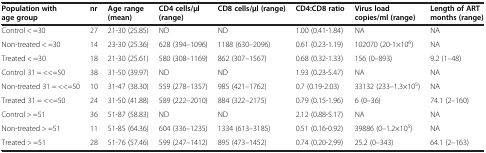
<table><thead><tr><td><b>Population with age group</b></td><td><b>nr</b></td><td><b>Age range (mean)</b></td><td><b>CD4 cells/μl (range)</b></td><td><b>CD8 cells/μl (range)</b></td><td><b>CD4:CD8 ratio</b></td><td><b>Virus load copies/ml (range)</b></td><td><b>Length of ART months (range)</b></td></tr></thead><tbody><tr><td>Control &lt; =30</td><td>27</td><td>21-30 (25.85)</td><td>ND</td><td>ND</td><td>1.00 (0.41-1.84)</td><td>NA</td><td>NA</td></tr><tr><td>Non-treated &lt; =30</td><td>14</td><td>23-30 (25.36)</td><td>628 (394–1096)</td><td>1188 (630–2096)</td><td>0.61 (0.23-1.19)</td><td>102070 (20-1×10<sup>6</sup>)</td><td>NA</td></tr><tr><td>Treated &lt; =30</td><td>18</td><td>21-30 (25.61)</td><td>580 (308–1169)</td><td>862 (307–1567)</td><td>0.68 (0.32-1.33)</td><td>156 (0–893)</td><td>9.2 (1–48)</td></tr><tr><td>Control 31 = &lt;&lt;=50</td><td>38</td><td>31-50 (39.97)</td><td>ND</td><td>ND</td><td>1.93 (0.23-5.47)</td><td>NA</td><td>NA</td></tr><tr><td>Non-treated 31 = &lt;&lt;=50</td><td>10</td><td>31-47 (38.30)</td><td>559 (278–1357)</td><td>985 (421–1762)</td><td>0.7 (0.19-2.03)</td><td>33132 (233–1.3×10<sup>5</sup>)</td><td>NA</td></tr><tr><td>Treated 31 = &lt;&lt;=50</td><td>24</td><td>31-50 (41.88)</td><td>589 (222–2010)</td><td>884 (322–2175)</td><td>0.79 (0.15-1.96)</td><td>6 (0–36)</td><td>74.1 (2–160)</td></tr><tr><td>Control &gt; =51</td><td>36</td><td>51-87 (58.83)</td><td>ND</td><td>ND</td><td>2.12 (0.88-5.17)</td><td>NA</td><td>NA</td></tr><tr><td>Non-treated &gt; =51</td><td>11</td><td>51-85 (64.36)</td><td>604 (336–1235)</td><td>1334 (613–3185)</td><td>0.51 (0.16-0.92)</td><td>39886 (0–1.2×10<sup>5</sup>)</td><td>NA</td></tr><tr><td>Treated &gt; =51</td><td>28</td><td>51-76 (57.46)</td><td>599 (247–1412)</td><td>895 (473–1452)</td><td>0.74 (0.20-2.99)</td><td>25.2 (0–343)</td><td>64.1 (2–163)</td></tr></tbody></table>